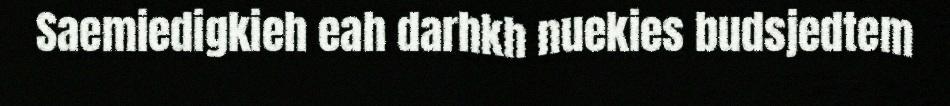
Saemiedigkieh eah darhkh nuekies budsjedtem